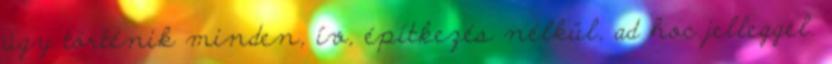
úgy történik minden, ív, építkezés nélkül, ad hoc jelleggel.